Source: Handwritten
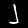
Digit: ၂ (2)